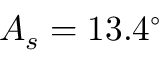
A _ { s } = 1 3 . 4 ^ { \circ }